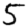
Digit: 5